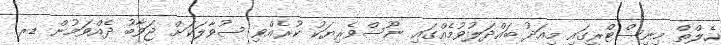
ހެލްތް މިނިސްޓްރީގައި މިއަދު ބައްދަލުވުމެއްގައި ނޫސްވެރިޔަކު ކުރެއްވި ސުވާލަކަށް ޖަވާބު ދެއްވަމުން ޑރ.